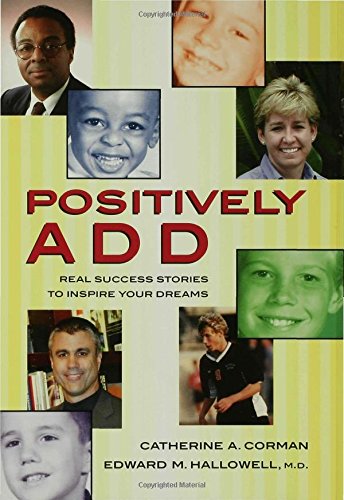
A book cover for Positively ADD: Real Success Stories to Inspire Your Dreams; Catherine A. Corman; Health, Fitness & Dieting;